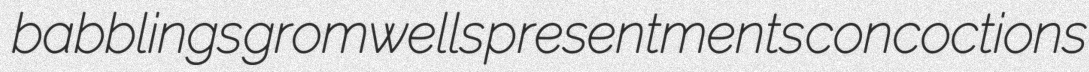
babblings gromwells presentments concoctions